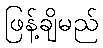
ဖြန့်ချိမည်